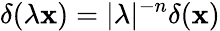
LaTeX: \delta(\lambda\mathbf{x})=|\lambda|^{-n}\delta(\mathbf{x})